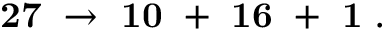
{ \bf 2 7 } \ \to \ { \bf 1 0 } \ + \ { \bf 1 6 } \ + \ { \bf 1 } \ .